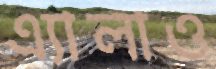
এ্যালাও